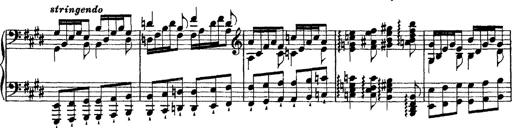
Title: Morceau de Salon
Composer: Josef Adalbert Pacher
Key: D-flat major